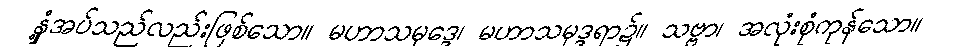
နှံ့အပ်သည်လည်းဖြစ်သော။ မဟာသမုဒ္ဒေ၊ မဟာသမုဒ္ဒရာ၌။ သဗ္ဗာ၊ အလုံးစုံကုန်သော။